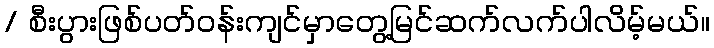
/ စီးပွားဖြစ်ပတ်ဝန်းကျင်မှာတွေ့မြင်ဆက်လက်ပါလိမ့်မယ်။